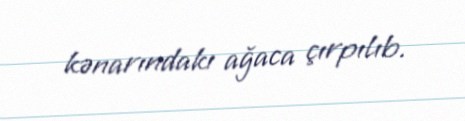
kənarındakı ağaca çırpılıb.